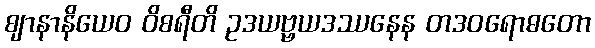
ဈာနာနိယေဝ ဝိစရီတိ ဥဒယဗ္ဗယဒဿနေန တဒဝရောဓတော